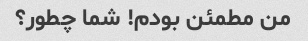
من مطمئن بودم! شما چطور؟